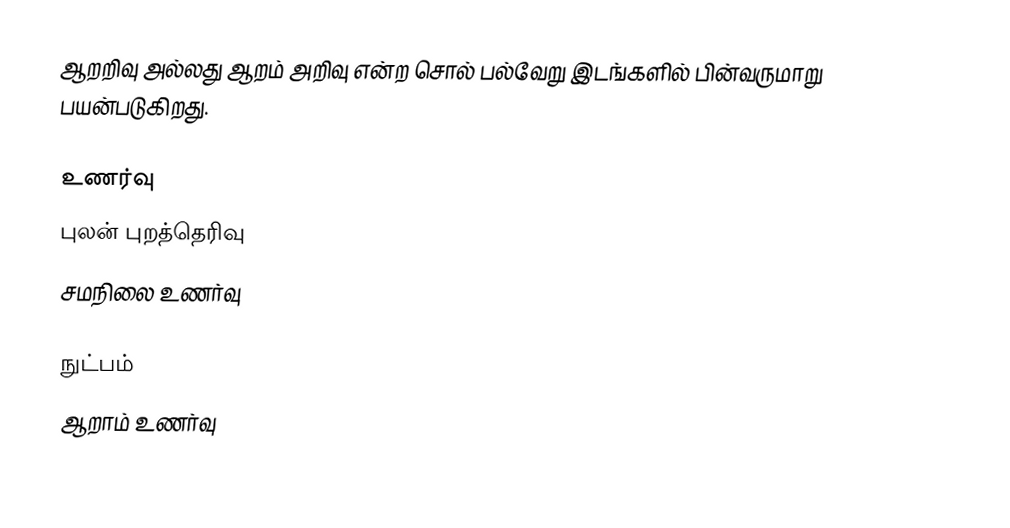
ஆறறிவு அல்லது ஆறம் அறிவு என்ற சொல் பல்வேறு இடங்களில் பின்வருமாறு பயன்படுகிறது.

உணர்வு
 புலன் புறத்தெரிவு
 சமநிலை உணர்வு

நுட்பம்
 ஆறாம் உணர்வு